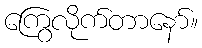
ကြွေလိုက်တာနော်။